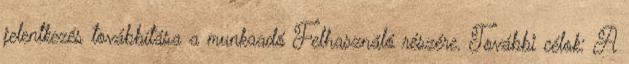
jelentkezés továbbítása a munkaadó Felhasználó részére. További célok: A